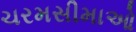
ચરમસીમાઓ